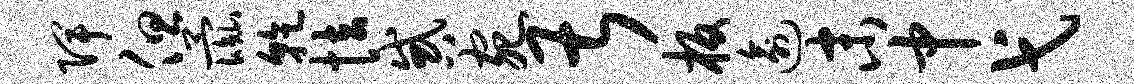
陴但彘干怯惑宛甚板逾末中弋